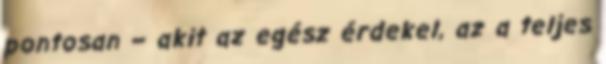
pontosan – akit az egész érdekel, az a teljes